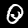
Label: 0